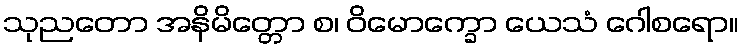
သုညတော အနိမိတ္တော စ၊ ဝိမောက္ခော ယေသံ ဂေါစရော။